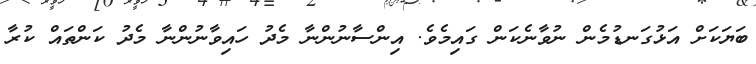
ބަޔަކަށް އަޅުގަނޑުމެން ނުވާނެކަން ގައިމެވެ. އިންސާނުންނާ މެދު ހައިިވާނުންނާ މެދު ކަަންތައް ކުރާ